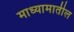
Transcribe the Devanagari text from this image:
माध्यामातील